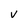
Character: v